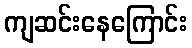
ကျဆင်းနေကြောင်း